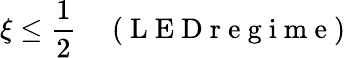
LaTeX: \xi\leq\frac{1}{2}\quad\mathrm{~(~L~E~D~r~e~g~i~m~e~)~}